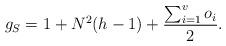
LaTeX: \begin{align*}g_S=1+N^2(h-1)+\frac{\sum_{i=1}^v o_i}{2}.\end{align*}